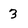
Character: 3